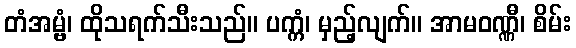
တံအမ္ဗံ၊ ထိုသရက်သီးသည်။ ပက္ကံ၊ မှည့်လျက်။ အာမဝဏ္ဏီ၊ စိမ်း